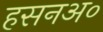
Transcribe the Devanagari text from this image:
हसनअ०